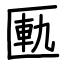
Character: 匭